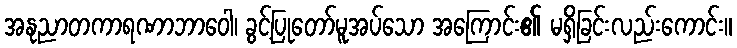
အနုညာတကာရဏာဘာဝေါ၊ ခွင့်ပြုတော်မူအပ်သော အကြောင်း၏ မရှိခြင်းလည်းကောင်း။